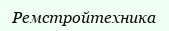
Ремстройтехника